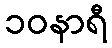
၁၀နာရီ